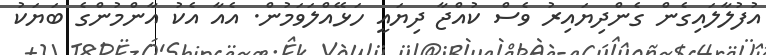
އުފުލާލައިގެން ގެންދިޔައިރު ވެސް ކުއްޖާ ދިޔައީ ހަޅޭއްލަވަމުން. އެއާ އެކު އާންމުންގެ ބަޔަކު